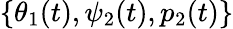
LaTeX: \{ \theta_{1}(t),\psi_{2}(t),p_{2}(t)\}